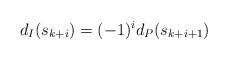
LaTeX: \begin{align*}d_{I}(s_{k+i})=(-1)^{i} d_{P}(s_{k+i+1})\end{align*}